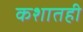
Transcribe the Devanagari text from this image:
कशातही